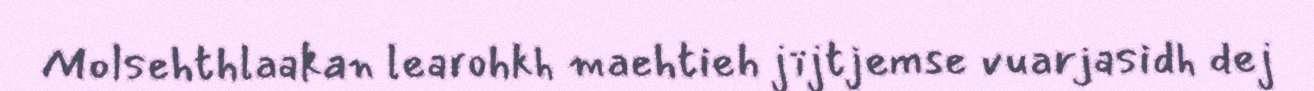
Molsehthlaakan learohkh maehtieh jïjtjemse vuarjasidh dej